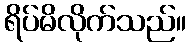
ရိပ်မိလိုက်သည်။